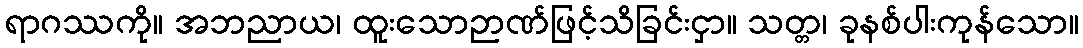
ရာဂဿကို။ အဘညာယ၊ ထူးသောဉာဏ်ဖြင့်သိခြင်းငှာ။ သတ္တ၊ ခုနစ်ပါးကုန်သော။